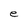
Character: e